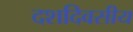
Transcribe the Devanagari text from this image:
दशदिवसीय